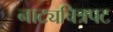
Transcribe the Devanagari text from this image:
नाट्यचित्रपट